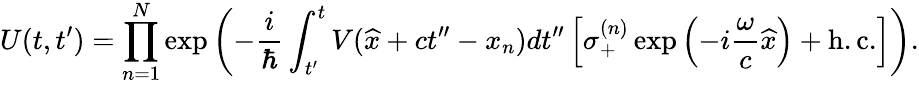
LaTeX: U(t,t^{\prime})=\prod_{n=1}^{N}\exp\left(-\frac{i}{\hbar}\int_{t^{\prime}}^{t}V(\widehat{x}+ct^{\prime\prime}-x_{n})dt^{\prime\prime}\left[\sigma_{+}^{(n)}\exp\left(-i\frac{\omega}{c}\widehat{x}\right)+\mathrm{h.c.}\right]\right).